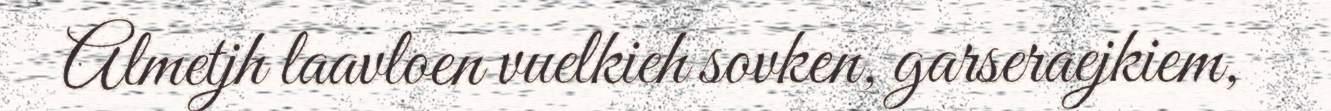
Almetjh laavloen vuelkieh sovken, garseraejkiem,